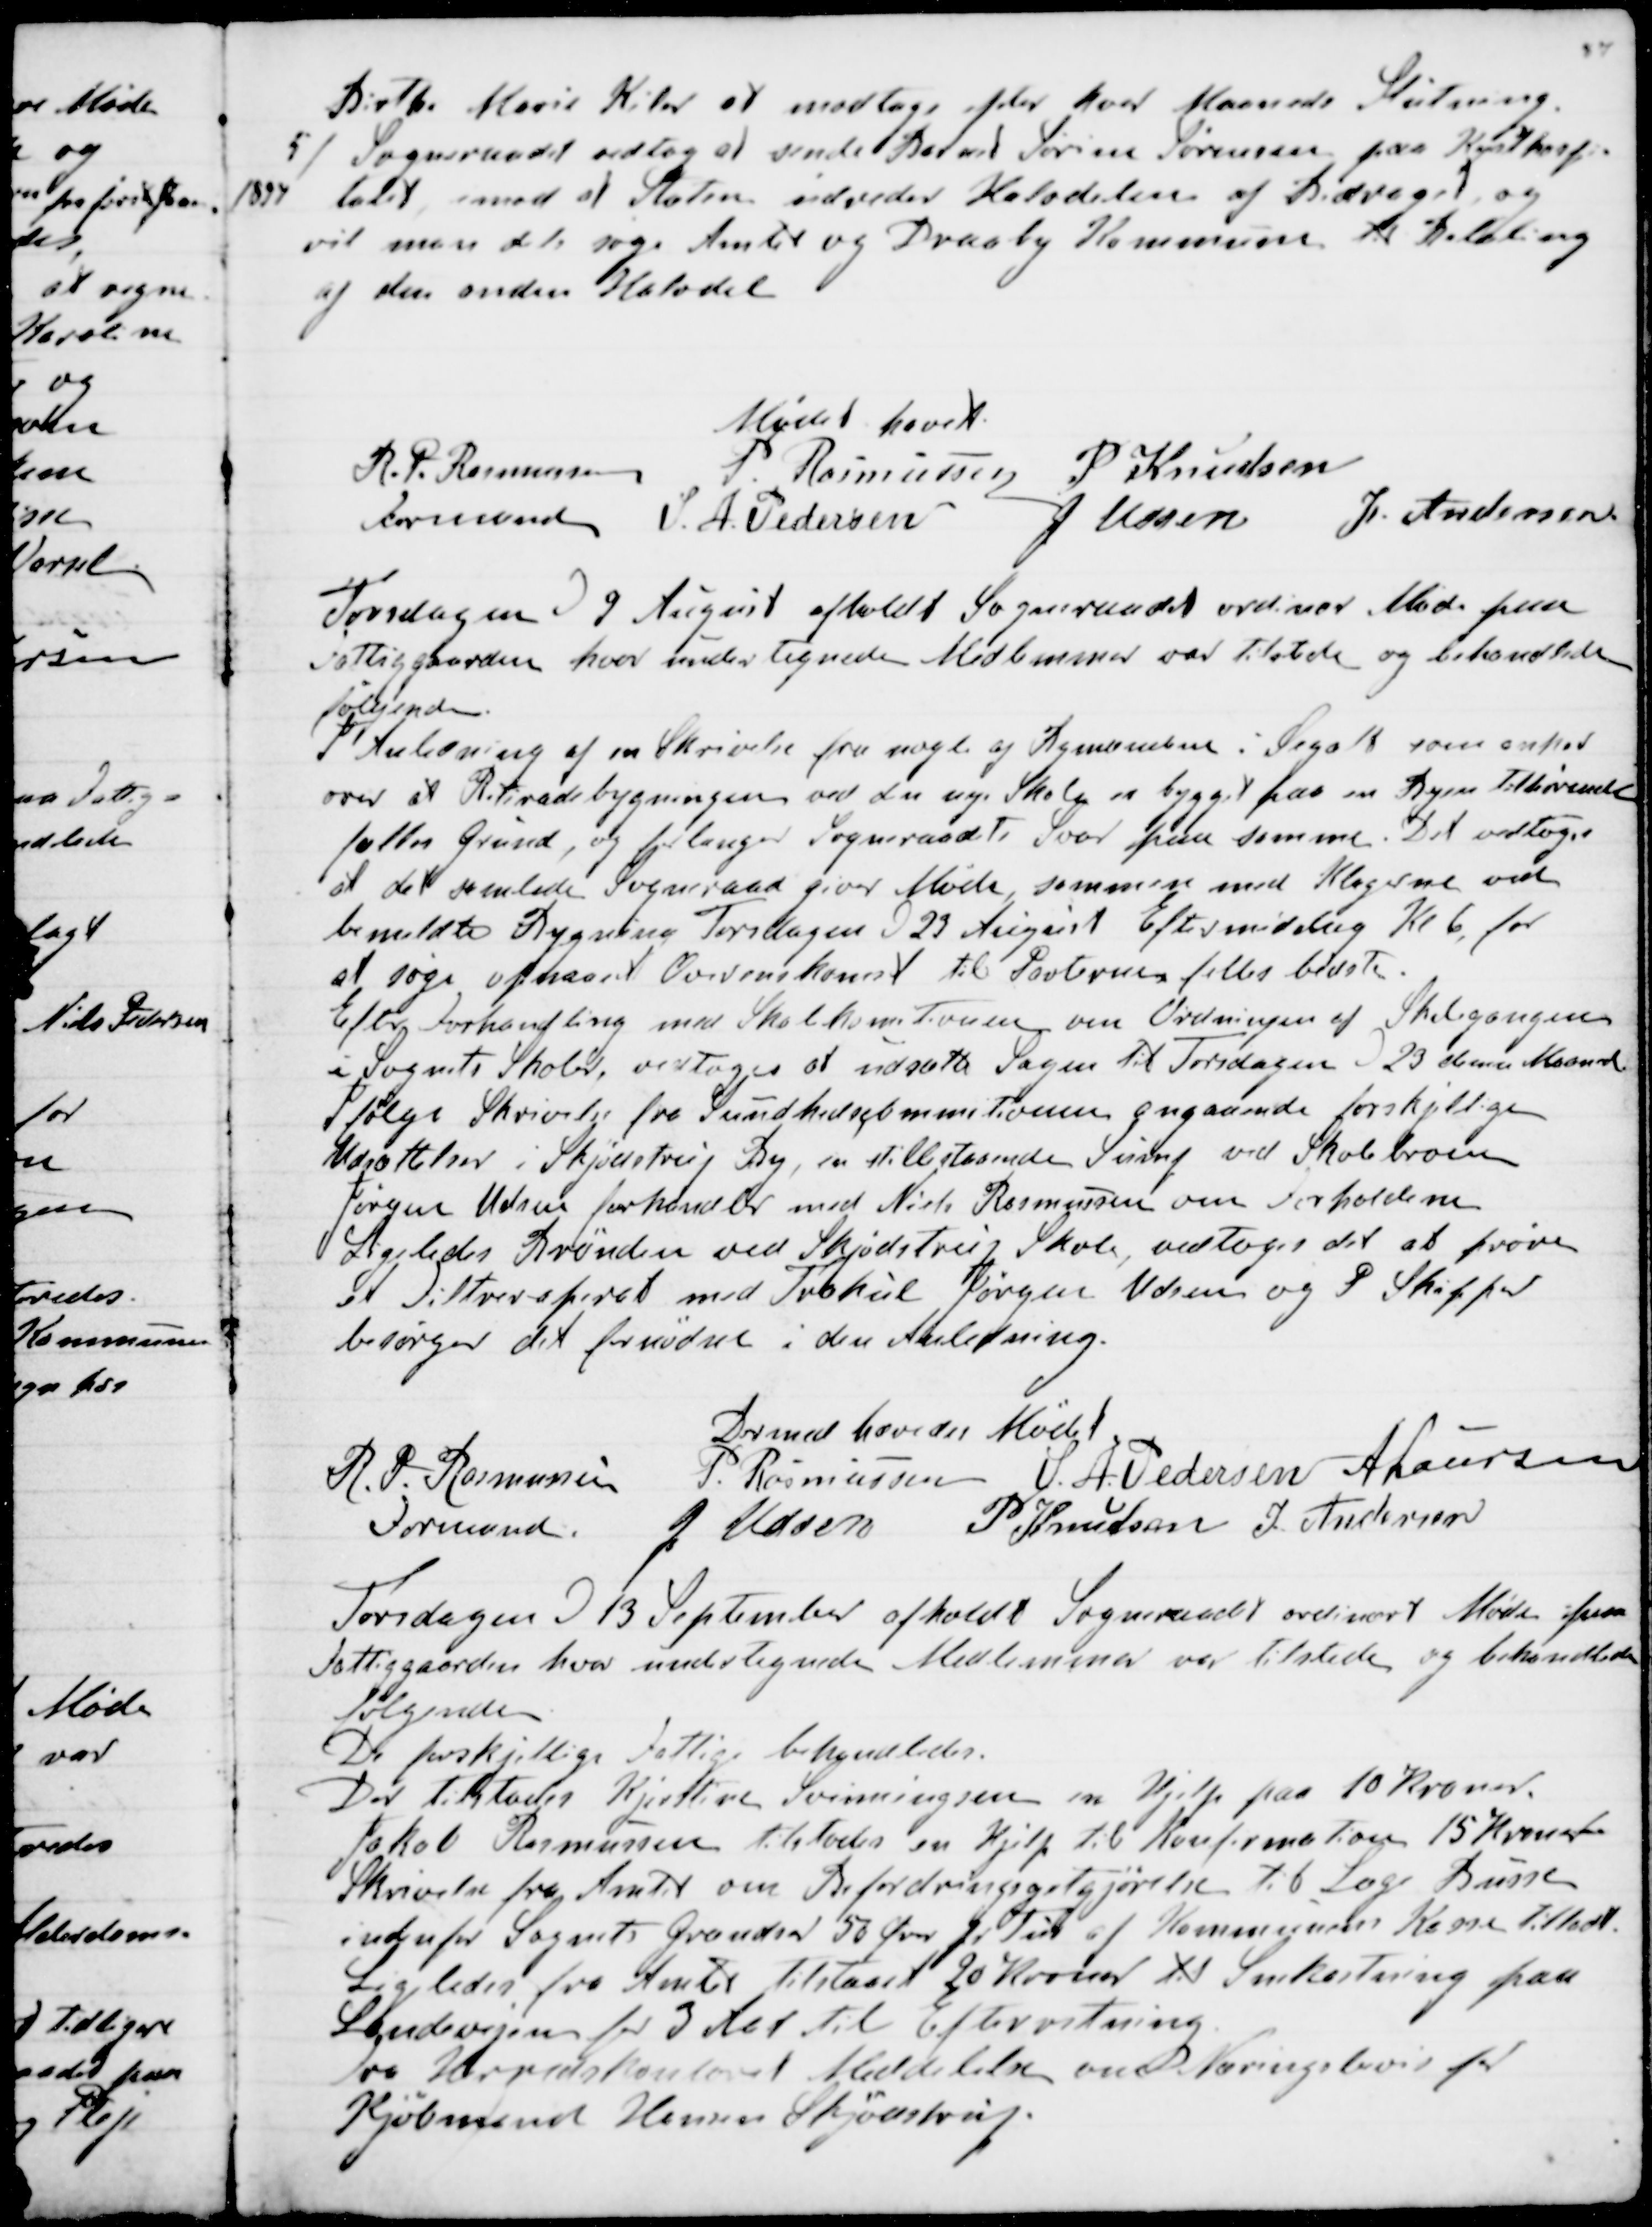
Transskription:
Birthe Marie Kiler at modtage efter hver Maaneds Slutning.
5) Sogneraadet vedtog at sende Barnet Sørine Sørensen paa Kysthospi-
1894  talet imod at Staten udreder Halvdelen af Bidraget og
vil man dels søge Amtet og Draaby Kommune til Betaling
af den anden Halvdel
Mødet hævet.
R. P. Rasmussen
Formand
P. Rasmussen
P Knudsen
S. A. Pedersen
J Udsen
J. Andersen

Torsdagen d 9 August afholdt Sogneraadet ordinær Møde paa
Fattiggaarden hvor undertegnede Medlemmer var tilstede og behandlede 
følgende.
I Anledning af en Skrivelse fra nogle af Bymændene i Segalt som anked
over at Retiradebygningen ved den nye Skole er bygget paa en Byen tilhørende
fælles Grund, og forlanger Sogneraadets Svar paa samme. Det vedtoges
at det samlede Sogneraad giver Møde sammen med Klagerne ved
bemeldte Bygning Torsdagen d 23 August Eftermiddag Kl 6, for
at søge opnaaet Overenskomst til Parternes felles bedste.
Efter Forhandling med Skolekomitionen om Ordningen af Skolegangen
i Sognets Skoler vedtoges at udsætte Sagen til Torsdagen d 23 denne Maaned
Ifølge Skrivelse fra Sundhedskommitionen angaaende forskjellige
Udsættelser i Skjødstrup By, en stillestaaende Sump ved Skolebroen
Jørgen Udsen forhandler med Niels Rasmussen om Forholdene
Ligeledes Brønden ved Skjødstrup Skole, vedtoges det at prøve
et Filtreraperat med Trækul Jørgen Udsen og P Skipper
besørger det fornødne i den Anledning.
Dermed hævedes Mødet.
R. P. Rasmussen
Formand.
P. Rasmussen
S. A. Pedersen
A Laursen
J Udsen
P Knudsen
J. Andersen

Torsdagen d 13 September afholdt Sogneraadet ordinært Møde paa
Fattiggaarden hvor undertegnede Medlemmer var tilstede og behandlede
følgende.
De forskjellige Fattige behandledes.
Der tilstodes Kjerstine Svinningensen en Hjelp paa 10 Kroner.
Jakob Rasmussen tilstodes en Hjelp til Konfirmation 15 Kroner
Skrivelse fra Amtet om Befordringsgodtgørelse til Læge Busse
indenfor Sognets Grændser 50 Ører pr Tur af Kommunens Kasse tilladt.
Ligeledes fra Amtet tilstaaet 20 Kroner til Snekastning paa
Landevejen for 3 Aar til Efterretning.
Fra Herredskontoret Meddelelse om Næringsbevis for
Kjøbmand Hansen Skjødstrup.